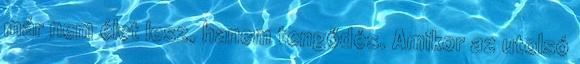
már nem élet lesz, hanem tengődés. Amikor az utolsó